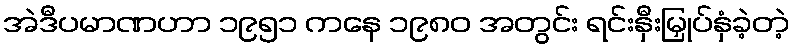
အဲဒီပမာဏဟာ ၁၉၅၁ ကနေ ၁၉၈၀ အတွင်း ရင်းနှီးမြှုပ်နှံခဲ့တဲ့